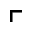
\ulcorner